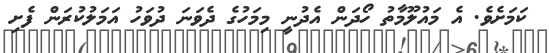
ކަމަށެވެ. އެ މައުލޫމާތު ހޯދަން އެދުނީ މިމަހުގެ ދެވަނަ ދުވަހު އަމަލުކުރަން ފެށި